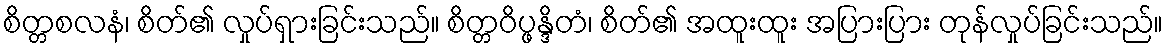
စိတ္တစလနံ၊ စိတ်၏ လှုပ်ရှားခြင်းသည်။ စိတ္တဝိပ္ဖန္ဒိတံ၊ စိတ်၏ အထူးထူး အပြားပြား တုန်လှုပ်ခြင်းသည်။